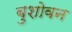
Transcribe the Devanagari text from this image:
बुशोवन